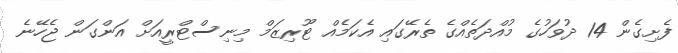
ފެށިގެން 14 ދުވަހުގެ މުއްދަތެއްގެ ތެރޭގައި އެކަމެއް ޓޫރިޒަމް މިނިސްޓްރީއަށް އަންގަން ޖެހޭނެ